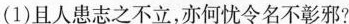
(1)且人患志之不立，亦何忧令名不彰邪?